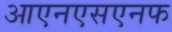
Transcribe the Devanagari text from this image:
आएनएसएनफ